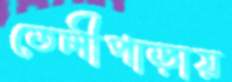
তেলীপাড়ায়